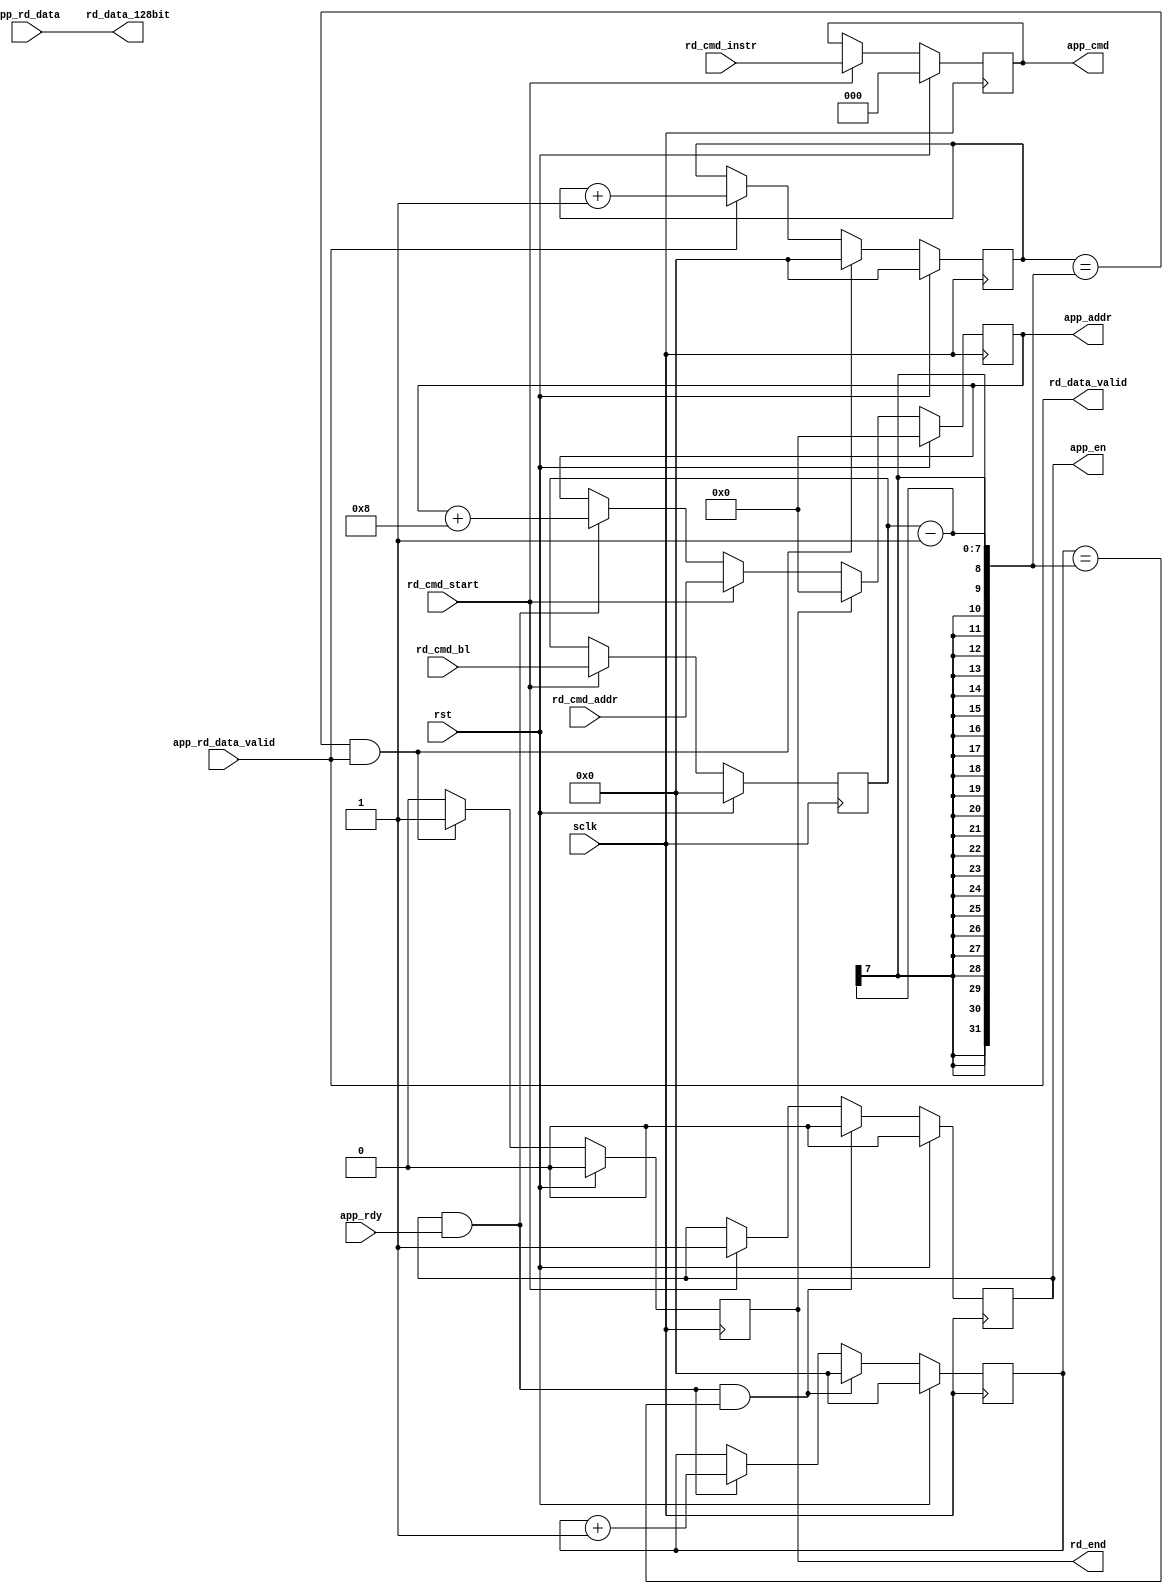
// -----------------------------------------------------------------------------
// Copyright (c) 2014-2019 All rights reserved
// -----------------------------------------------------------------------------
// wechat : 15921999232
// Create : 2019-09-14 17:19:47
// Revise : 2019-09-16 11:51:17
// Editor : sublime text3, tab size (4)
// -----------------------------------------------------------------------------
`timescale 1ns / 1ps


module a7_ddr3_rd_ctrl(
	input	wire 			sclk,
	input	wire 			rst,
	//user read ports
	input	wire 			rd_cmd_start,
	input	wire 	[2:0]	rd_cmd_instr,
	input	wire 	[6:0]	rd_cmd_bl,
	input	wire 	[27:0]	rd_cmd_addr,
	output	wire 	[127:0]	rd_data_128bit,
	output	wire 			rd_data_valid,
	output	wire 			rd_end,
	//ddr3 ipcore ports
	input	wire 	[127:0]	app_rd_data,
	input	wire 			app_rd_data_valid,
	output	wire 			app_en,
	input	wire 			app_rdy,
	output	wire 	[27:0]	app_addr,
	output	wire 	[2:0]	app_cmd

    );

reg [2:0]	cmd_instr;
reg [6:0]	cmd_bl;
reg 		app_en_r;
reg [6:0]	cmd_cnt;
reg [27:0]	app_addr_r;
reg [6:0]	data_cnt;
reg 		rd_end_r;

assign rd_data_128bit = app_rd_data;
assign rd_data_valid = app_rd_data_valid;
assign app_en = app_en_r;
assign app_addr = app_addr_r;
assign rd_end = rd_end_r;

always @(posedge sclk) begin
	if (rst == 1'b1) begin
		cmd_instr <= 'd0;
		cmd_bl <='d0;
	end
	else if (rd_cmd_start == 1'b1) begin
		cmd_instr <= rd_cmd_instr;
		cmd_bl <=rd_cmd_bl;
	end
end

assign app_cmd = cmd_instr;


always @(posedge sclk) begin
	if (rst == 1'b1) begin
		cmd_cnt <= 'd0;
	end
	else if (app_en_r == 1'b1 && app_rdy == 1'b1 && cmd_cnt == (cmd_bl-1)) begin
		cmd_cnt <= 'd0;
	end
	else if (app_en_r == 1'b1 && app_rdy == 1'b1) begin
		cmd_cnt <= cmd_cnt + 1'b1;
	end
end

always @(posedge sclk) begin
	if (rst == 1'b1) begin
		app_en_r <= 1'b0;
	end
	else if (app_en_r == 1'b1 && app_rdy == 1'b1 && cmd_cnt == (cmd_bl-1)) begin
		app_en_r <= 1'b0;
	end
	else if (rd_cmd_start == 1'b1) begin
		app_en_r <= 1'b1;
	end
end

always @(posedge sclk) begin
	if (rst == 1'b1) begin
		app_addr_r <='d0;
	end
	else if(rd_end_r == 1'b1) begin
		app_addr_r <='d0;
	end
	else if (rd_cmd_start == 1'b1) begin
		app_addr_r <= rd_cmd_addr ;
	end
	else if (app_en_r == 1'b1 && app_rdy == 1'b1) begin
		app_addr_r <= app_addr_r + 'd8;
	end
end


always @(posedge sclk) begin
	if (rst == 1'b1) begin
		data_cnt <='d0;
	end
	else if (data_cnt == (cmd_bl-1) && app_rd_data_valid == 1'b1) begin
		data_cnt <='d0;
	end
	else if (app_rd_data_valid == 1'b1) begin
		data_cnt <= data_cnt + 1'b1;
	end
end

always @(posedge sclk) begin
	if (rst == 1'b1) begin
		rd_end_r <='d0;
	end
	else if (data_cnt == (cmd_bl-1) && app_rd_data_valid == 1'b1) begin
		rd_end_r <= 1'b1;
	end
	else begin
		rd_end_r <= 1'b0;
	end
end




endmodule